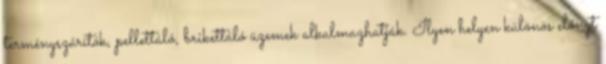
terményszárítók, pellettáló, brikettáló üzemek alkalmazhatják. Ilyen helyen különös előnyt